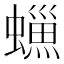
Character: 𧑳